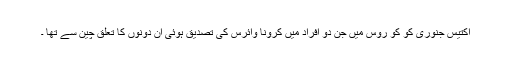
اکتیس جنوری کو کو روس میں جن دو افراد میں کرونا وائرس کی تصدیق ہوئی ان دونوں کا تعلق چین سے تھا ۔